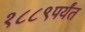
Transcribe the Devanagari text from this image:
१८८९पर्यंत